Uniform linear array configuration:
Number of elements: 16
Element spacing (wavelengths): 0.75
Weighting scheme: hann
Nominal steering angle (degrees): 45
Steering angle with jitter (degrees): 45.894
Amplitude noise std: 0.05
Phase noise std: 0.05

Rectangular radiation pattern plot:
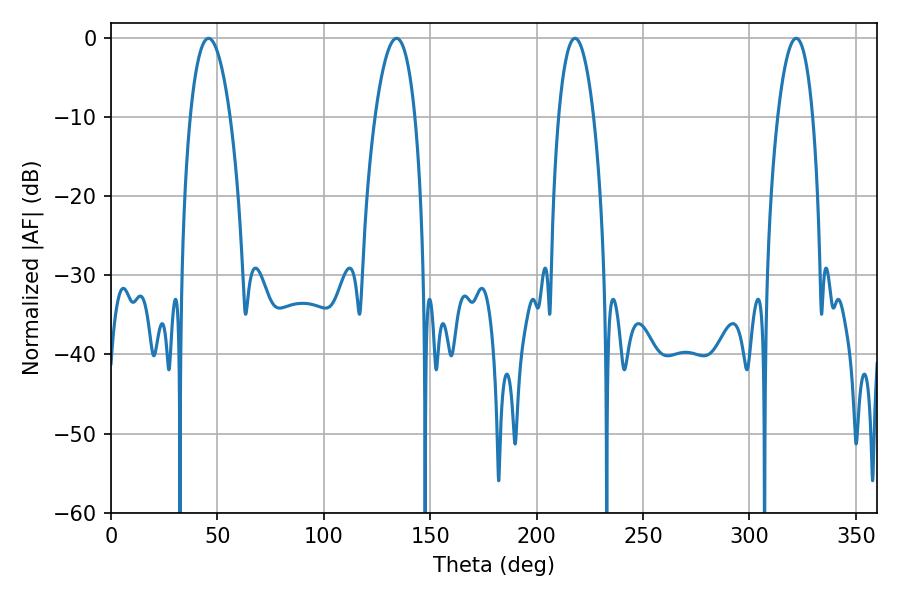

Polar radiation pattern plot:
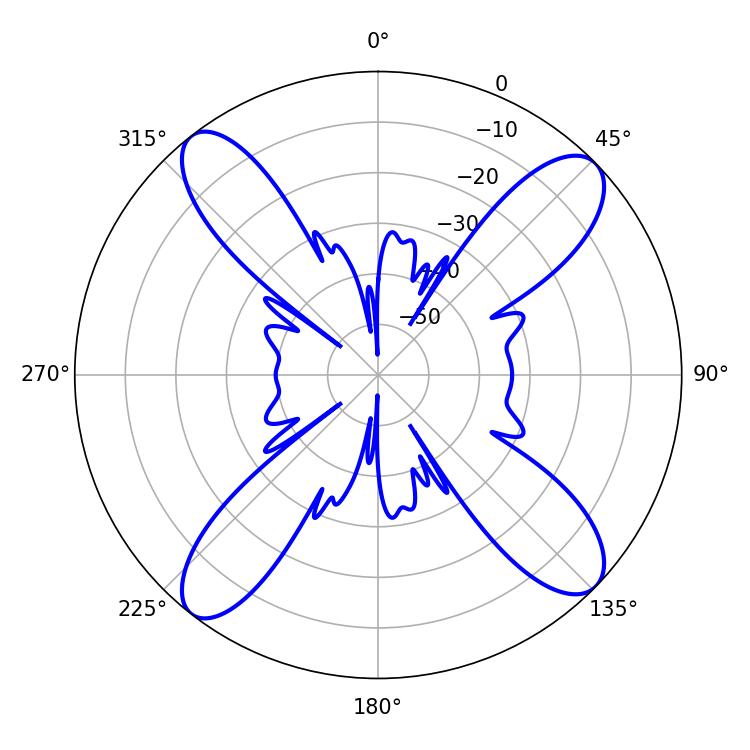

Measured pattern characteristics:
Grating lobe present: TRUE
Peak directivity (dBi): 14.641
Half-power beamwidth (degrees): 9.18
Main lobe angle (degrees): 217.98